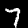
Label: 7